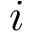
i